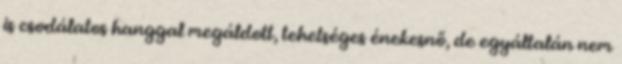
is csodálatos hanggal megáldott, tehetséges énekesnő, de egyáltalán nem